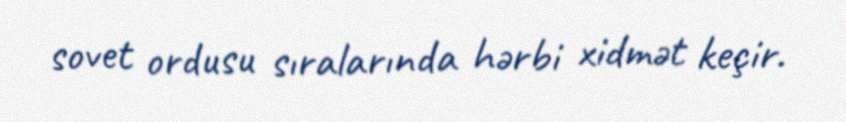
sovet ordusu sıralarında hərbi xidmət keçir.